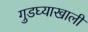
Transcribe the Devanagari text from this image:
गुडघ्याखालीं